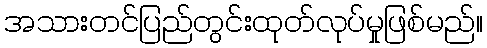
အသားတင်ပြည်တွင်းထုတ်လုပ်မှုဖြစ်မည်။